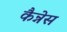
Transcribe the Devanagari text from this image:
कैन्नेस